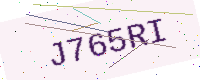
Text: J765RI